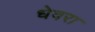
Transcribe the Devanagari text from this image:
धेवरा